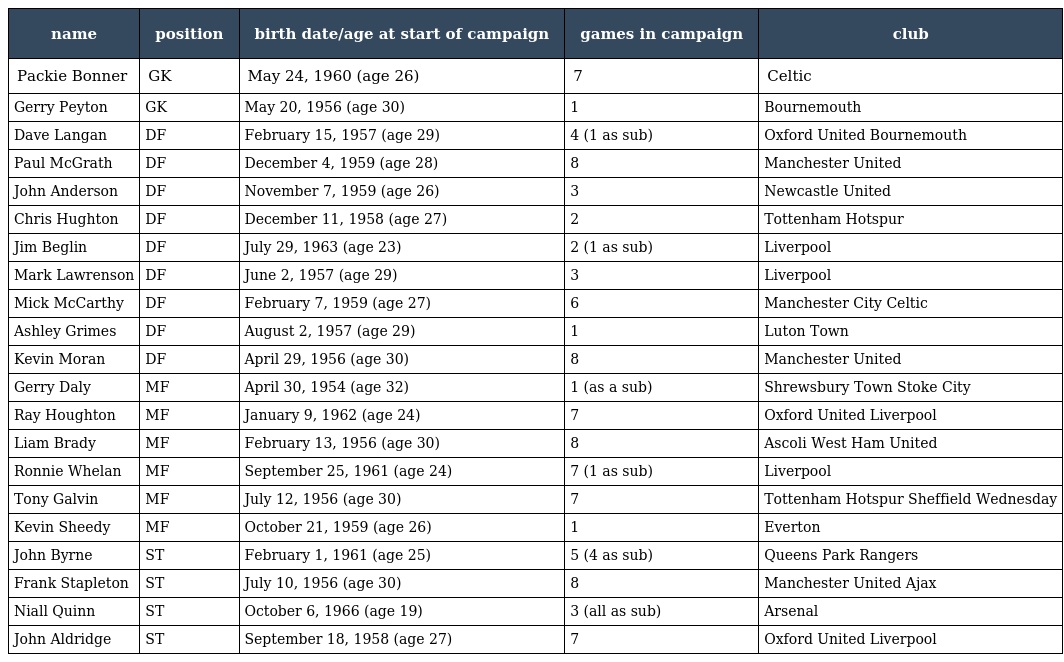
| name | position | birth date/age at start of campaign | games in campaign | club |
 | --- | --- | --- | --- | --- |
 | Packie Bonner | GK | May 24, 1960 (age 26) | 7 | Celtic |
 | Gerry Peyton | GK | May 20, 1956 (age 30) | 1 | Bournemouth |
 | Dave Langan | DF | February 15, 1957 (age 29) | 4 (1 as sub) | Oxford United Bournemouth |
 | Paul McGrath | DF | December 4, 1959 (age 28) | 8 | Manchester United |
 | John Anderson | DF | November 7, 1959 (age 26) | 3 | Newcastle United |
 | Chris Hughton | DF | December 11, 1958 (age 27) | 2 | Tottenham Hotspur |
 | Jim Beglin | DF | July 29, 1963 (age 23) | 2 (1 as sub) | Liverpool |
 | Mark Lawrenson | DF | June 2, 1957 (age 29) | 3 | Liverpool |
 | Mick McCarthy | DF | February 7, 1959 (age 27) | 6 | Manchester City Celtic |
 | Ashley Grimes | DF | August 2, 1957 (age 29) | 1 | Luton Town |
 | Kevin Moran | DF | April 29, 1956 (age 30) | 8 | Manchester United |
 | Gerry Daly | MF | April 30, 1954 (age 32) | 1 (as a sub) | Shrewsbury Town Stoke City |
 | Ray Houghton | MF | January 9, 1962 (age 24) | 7 | Oxford United Liverpool |
 | Liam Brady | MF | February 13, 1956 (age 30) | 8 | Ascoli West Ham United |
 | Ronnie Whelan | MF | September 25, 1961 (age 24) | 7 (1 as sub) | Liverpool |
 | Tony Galvin | MF | July 12, 1956 (age 30) | 7 | Tottenham Hotspur Sheffield Wednesday |
 | Kevin Sheedy | MF | October 21, 1959 (age 26) | 1 | Everton |
 | John Byrne | ST | February 1, 1961 (age 25) | 5 (4 as sub) | Queens Park Rangers |
 | Frank Stapleton | ST | July 10, 1956 (age 30) | 8 | Manchester United Ajax |
 | Niall Quinn | ST | October 6, 1966 (age 19) | 3 (all as sub) | Arsenal |
 | John Aldridge | ST | September 18, 1958 (age 27) | 7 | Oxford United Liverpool |